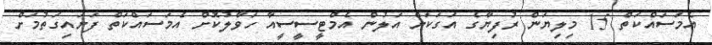
އެމަސައްކަތް 15 މިލިޔަން ރުފިޔާގެ އަގަކަށް އަލުން އެމްޓީސީސީއާ ހަވާލުކޮށް އެމަސައްކަތް ފަށައިގަތުމަށް